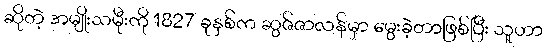
ဆိုတဲ့ အမျိုးသမီုးကို 1827 ခုနှစ်က ဆွဇ်ဇာလန်မှာ မွေးခဲ့တာဖြစ်ပြီး သူဟာ